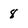
Character: 8